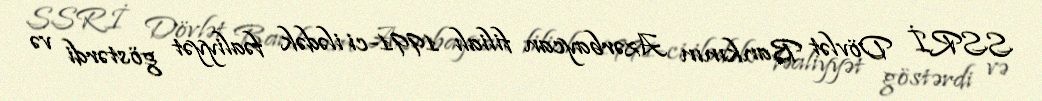
SSRİ Dövlət Bankının Azərbaycan filialı 1991-ci ilədək fəaliyyət göstərdi və